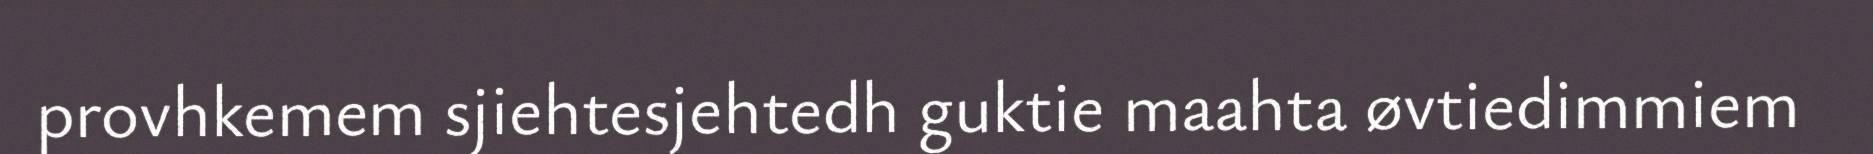
provhkemem sjiehtesjehtedh guktie maahta øvtiedimmiem